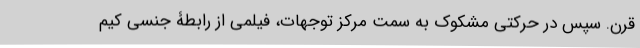
قرن. سپس در حرکتی مشکوک به سمت مرکز توجهات، فیلمی از رابطۀ جنسی کیم